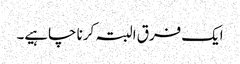
ایک فرق البتہ کرنا چاہیے۔